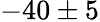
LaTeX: -40\pm 5